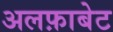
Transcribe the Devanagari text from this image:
अलफ़ाबेट